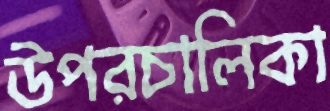
উপরচালিকা